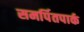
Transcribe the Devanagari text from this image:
समर्पितपार्क